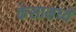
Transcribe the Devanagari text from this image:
केसामध्यें